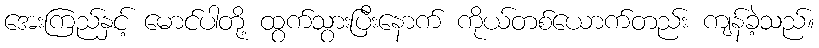
အေးကြည်နှင့် မောင်ပါတို့ ထွက်သွားပြီးနောက် ကိုယ်တစ်ယောက်တည်း ကျန်ခဲ့သည်။